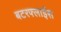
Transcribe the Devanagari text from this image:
बटरफ्लाईस